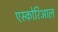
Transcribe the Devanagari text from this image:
एस्कोरिआल